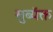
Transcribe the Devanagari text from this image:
सुब्यॅक्त